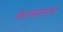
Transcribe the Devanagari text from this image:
सलमानाने